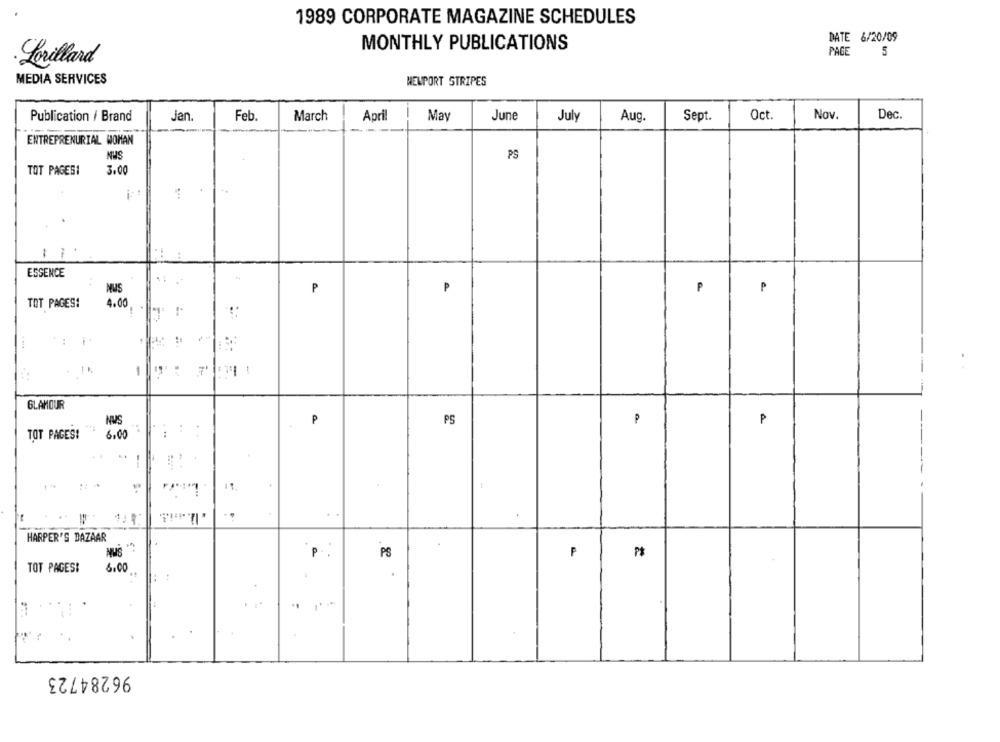
1989 CORPORATE MAGAZINE SCHEDULES
DATE &/20/09
MONTHLY PUBLICATIONS
PAGE
5
·Lorillard
MEDIA SERVICES
WEUPORT STRIPES
Publication / Brand
Jan
Feb.
March
April
May
June
July
Aug.
Sept.
Oct
Nov.
Dec.
ENTREPRENURIAL WOMAN
NUS
PS
3.00
TOT PAGES!
ESSENCE
NUS
₱
P
P
P
TOT PAGES:
4.00
-
GLAMOUR
NWS
P
PS
P
..
TOT PAGES!
6.00
:
. II. i3.
HARPER'S DAZAAR
NUS
P .
PS
P
TOT PAGES!
6.00
. .
96284723